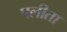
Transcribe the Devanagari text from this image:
पलीता